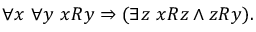
\forall x \ \forall y \ x R y \Rightarrow ( \exists z \ x R z \land z R y ) .